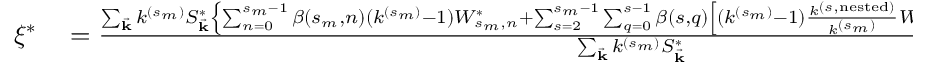
\begin{array} { r l } { \xi ^ { * } } & { { } = \frac { \sum _ { \vec { \mathbf { k } } } k ^ { ( s _ { m } ) } S _ { \vec { \mathbf { k } } } ^ { * } \left\{ \sum _ { n = 0 } ^ { s _ { m } - 1 } \beta ( s _ { m } , n ) ( k ^ { ( s _ { m } ) } - 1 ) W _ { s _ { m } , n } ^ { * } + \sum _ { s = 2 } ^ { s _ { m } - 1 } \sum _ { q = 0 } ^ { s - 1 } \beta ( s , q ) \left[ ( k ^ { ( s _ { m } ) } - 1 ) \frac { k ^ { ( s , \mathrm { n e s t e d } ) } } { k ^ { ( s _ { m } ) } } W _ { s , q } ^ { * ( \mathrm { n e s t e d } ) } + k ^ { ( s , \mathrm { f r e e } ) } W _ { s , q } ^ { * ( \mathrm { f r e e } ) } \right] \right\} } { \sum _ { \vec { \mathbf { k } } } k ^ { ( s _ { m } ) } S _ { \vec { \mathbf { k } } } ^ { * } } \equiv F _ { 1 } ( \xi ^ { * } , \{ S _ { \vec { \mathbf { k } } } ^ { * } \} ) , } \end{array}